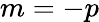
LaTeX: m=-p